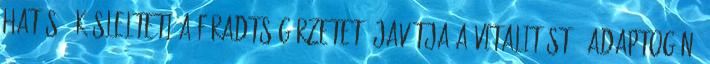
hatású. Késlelteti a fáradtságérzetet, javítja a vitalitást - Adaptogén: